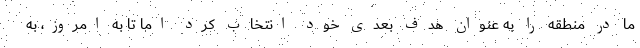
ما در منطقه را به عنوان هدف بعدی خود انتخاب کرد اما تا به امروز، به